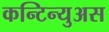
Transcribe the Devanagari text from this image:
कन्टिन्युअस